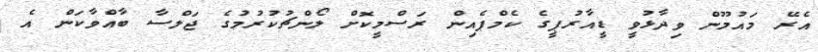
އެރޭ މައުމޫން ވިދާޅުވީ ޑީއާރުޕީގެ ކެމްޕެއިން ރަސްމީކޮށް ލޯންޗުކުރުމުގެ ޖަލްސާ ބާއްވާކަން އެ